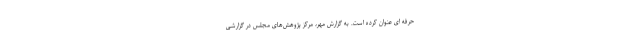
حرفه ای عنوان کرده است. به گزارش مهر، مرکز پژوهش‌های مجلس در گزارشی